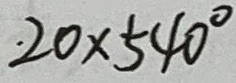
2 0 \times 5 4 0 ^ { \circ }